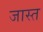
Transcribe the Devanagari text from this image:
जास्‍त्‍ा